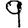
Digit: 9